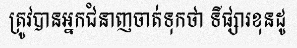
ត្រូវបានអ្នកជំនាញចាត់ទុកថា ទីផ្សារខុនដូ